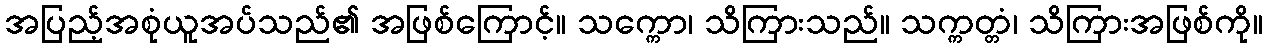
အပြည့်အစုံယူအပ်သည်၏ အဖြစ်ကြောင့်။ သက္ကော၊ သိကြားသည်။ သက္ကတ္တံ၊ သိကြားအဖြစ်ကို။